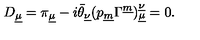
D _ { \underline { \mu } } = \pi _ { \underline { \mu } } - i \bar { \theta } _ { \underline { { \nu } } } ( p _ { \underline { m } } \Gamma ^ { \underline { m } } ) _ { \underline { { \mu } } } ^ { \underline { { \nu } } } = 0 .